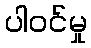
ပါဝင်မှု